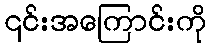
၎င်းအကြောင်းကို